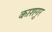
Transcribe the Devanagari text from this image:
काशगुर